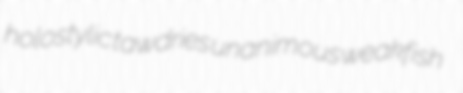
holostylic tawdries unanimous weakfish